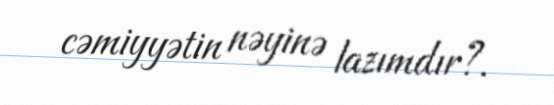
cəmiyyətin nəyinə lazımdır?.